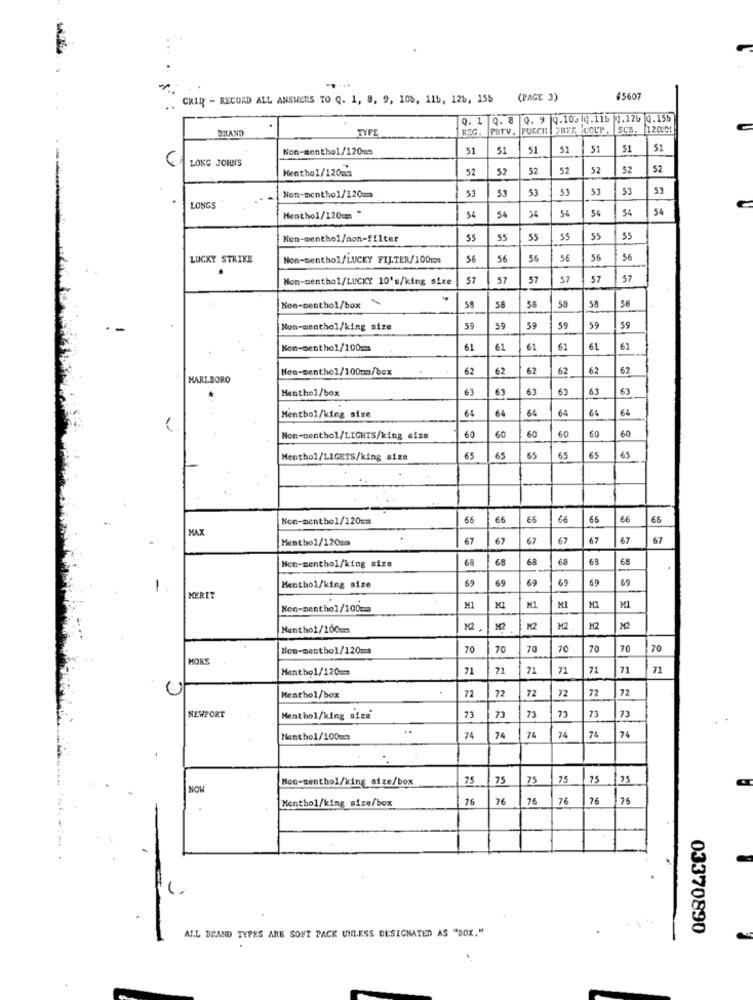
...
CRIR - RECORD ALL ANSWERS TO Q. 1, 8, 9, 108, 115, 126, 156
(PAGE 3)
45607
Q. 1 Q. 8 0. 9 0.105 0.116 0.126 0.156
BRAND
TYPE
PREV. PURCH FREE COUP .
SCB.
120051
Kon-menthol/120ms
51
51
51
51
51
51
51
LONG JOHN'S
Menthol/120m:3
52
52
52
52
52
52
52
53
53
53
53
53
53
53
Non-menthol/120mm
LONGS
54
54
34
54
Menthol/120 === *
54
54
54
Non-menthol/non-filter
55
55
55
55
55
LUCKY STRIKE
Non-menthol/LUCKY FILTER/100m
56
56
56
56
56
56
.
Non-menthol/LUCKY 10's/king size
57
57
57
57
57
57
..
53
Non-Denthol/box
58
58
58
58
58
Non-menthol/king size
59
59
59
59
59
59
Non-menthol/100ms
61
61
61
61
61
62
Non-menthol/100mm/box
62
62
62
62
62
67
MARLBORO
Menthol/box
63
63
63
63
63
64
64
6%
64
64
64
Menthol/king size
60
60
60
60
60
Non-menthol/LIGHTS/king size
60
Menthol/LIGETS/king size
65
65
65
65
65
65
Non-menthol/120mm
65
66
ES
66
66
66
66
MAX
Menthol/120m
67
67
67
67
67
67
57
Hon-menthol/king size
68
68
68
68
68
68
69
69
69
69
69
Menthol/king size
69
MERIT
MI
H1
MI
Menthol/200ms
M2
M2
M2
M2
M2
M2
Non-menthol/120m
70
70
70
70
70
70
70
MORE
Menthol/120um
71
71
71
71
71
71
71
72
72
72
72
Menthol/box
72
72
NEWPORT
Menthol/king size
73
73
73
73
73
73
Menthol/100m
74
74
74
74
74
74
Mon-menthol/king size/box
75
75
75
75
75
75
NOW
Menthol/king size/box
76
76
76
76
76
76
ALL DEAND TYPES ARE SOFT PACK UNLESS DESIGNATED AS "BOX."
03370890